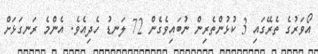
އޯވަރުގެ ތެރޭގައި 3 ކުޅުންތެރިން ނުބައިވެގެން 72 ލަނޑު ހެދިއެވެ. އެންމެ ރަނގަޅަށް